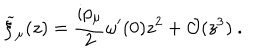
{ \widetilde \xi } _ { \mu } ( z ) = { \frac { i p _ { \mu } } { 2 } } \omega ^ { \prime } ( 0 ) z ^ { 2 } + { \cal O } ( z ^ { 3 } ) ~ .